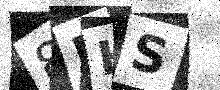
Text: 8RHS